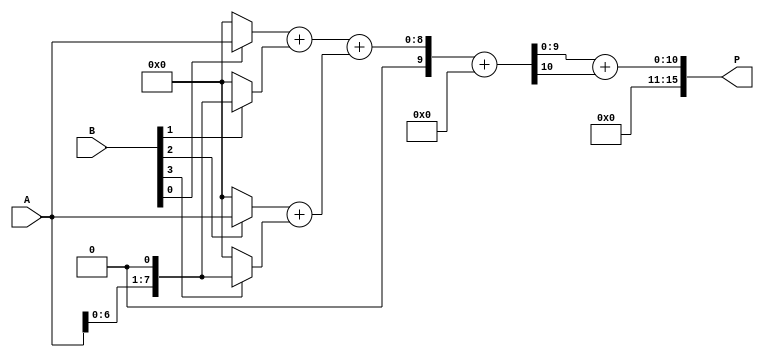
module radix4_wallace_multiplier #(parameter A_WIDTH = 8, B_WIDTH = 8) (
    input [A_WIDTH-1:0] A,
    input [B_WIDTH-1:0] B,
    output reg [A_WIDTH + B_WIDTH - 1:0] P
);

    // Partial product generation
    wire [A_WIDTH-1:0] pp [0: (B_WIDTH/2)-1];  // Partial products
    genvar i;
    generate
        for (i = 0; i < B_WIDTH/2; i = i + 1) begin : pp_gen
            assign pp[i] = (B[2*i] ? A : 0) + (B[2*i + 1] ? {A, 1'b0} : 0);
        end
    endgenerate

    // Wallace tree reduction
    wire [A_WIDTH + 1:0] sum [0: (B_WIDTH/2)-1];  // Sums
    wire [A_WIDTH + 1:0] carry [0: (B_WIDTH/2)-1]; // Carries

    // Initial stage of reduction
    generate
        for (i = 0; i < B_WIDTH/2; i = i + 1) begin : reduction_stage1
            if (i < B_WIDTH/2 - 1) begin
                // Sum and carry for the first two bits
                assign {carry[i], sum[i]} = pp[i][A_WIDTH-1:0] + pp[i+1][A_WIDTH-1:0];
            end else begin
                assign sum[i] = pp[i];
                assign carry[i] = 0;
            end
        end
    endgenerate

    // Subsequent stages of reduction
    wire [A_WIDTH + 1:0] final_sum;
    wire [A_WIDTH + 1:0] final_carry;

    assign {final_carry, final_sum} = sum[0] + carry[0];

    // Final addition to produce the product
    always @(*) begin
        P = final_sum + final_carry;
    end

endmodule